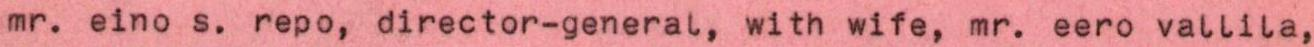
mr. eino s. repo, director-general, with wife, mr. eero vallila,